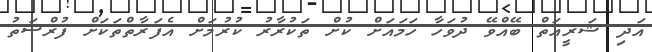
އަދި ޝަރީޢަތް ބޭއްވޭ ދުވަހާ ހަމައަށް ކުށް ތަކުރާރު ކުރުމަށް އެފަރާތްތަކަށް ފުރްޞަތު